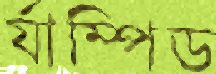
র‍্যাম্পিড